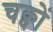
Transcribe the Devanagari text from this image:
चक्वों